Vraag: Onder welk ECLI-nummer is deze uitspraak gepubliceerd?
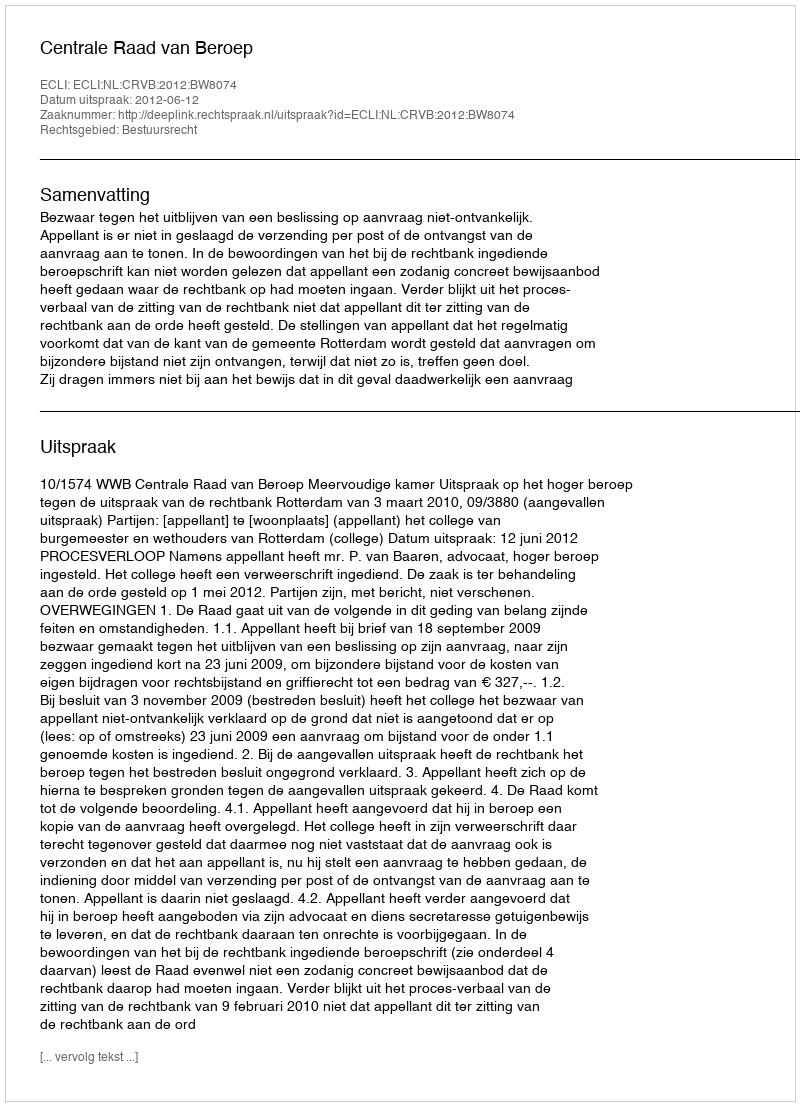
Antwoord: ECLI:NL:CRVB:2012:BW8074